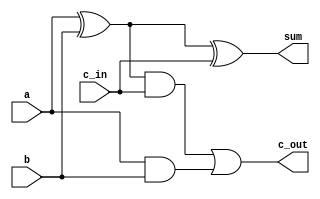
//define a 1bit fulladder

// fa1bit.v
module fulladd(a, b, c_in,sum, c_out);
  input a, b, c_in;
  output sum, c_out;
  wire s1, c1, c2;
  xor (s1,a, b);
  and ( c1,a, b);
  xor (sum,s1, c_in);
  and (c2,s1, c_in);
  or (c_out,c2, c1);
endmodule